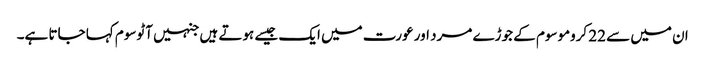
ان میں سے 22 کروموسوم کے جوڑے مرد اور عورت میں ایک جیسے ہوتے ہیں جنہیں آٹوسوم کہا جاتا ہے۔